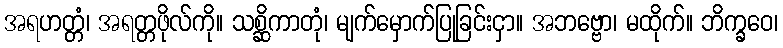
အရဟတ္တံ၊ အရတ္တဖိုလ်ကို။ သစ္ဆိကာတုံ၊ မျက်မှောက်ပြုခြင်းငှာ။ အဘဗ္ဗော၊ မထိုက်။ ဘိက္ခဝေ၊